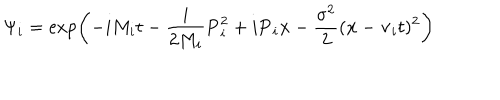
\Psi _ { i } = \exp \left( - i M _ { i } t - \frac { i } { 2 M _ { i } } { \bf P } _ { i } ^ { 2 } + i { \bf P } _ { i } { \bf x } - \frac { \sigma ^ { 2 } } { 2 } ( { \bf x } - { \bf v } _ { i } t ) ^ { 2 } \right)